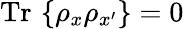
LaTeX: \mathrm{Tr}\, \left\{ \rho_{x}\rho_{x^{\prime}}\right\} =0